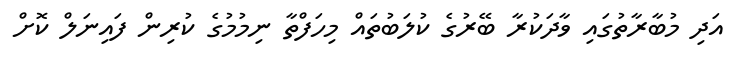
އަދި މުބާރާތުގައި ވާދަކުރާ ބޭރުގެ ކުލަބުތައް މިހަފްތާ ނިމުމުގެ ކުރިން ފައިނަލް ކޮށް